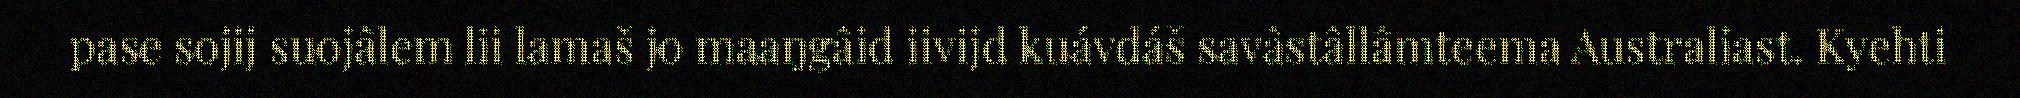
pase sojij suojâlem lii lamaš jo maaŋgâid iivijd kuávdáš savâstâllâmteema Australiast. Kyehti